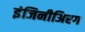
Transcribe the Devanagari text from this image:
इंजिनीअिरग